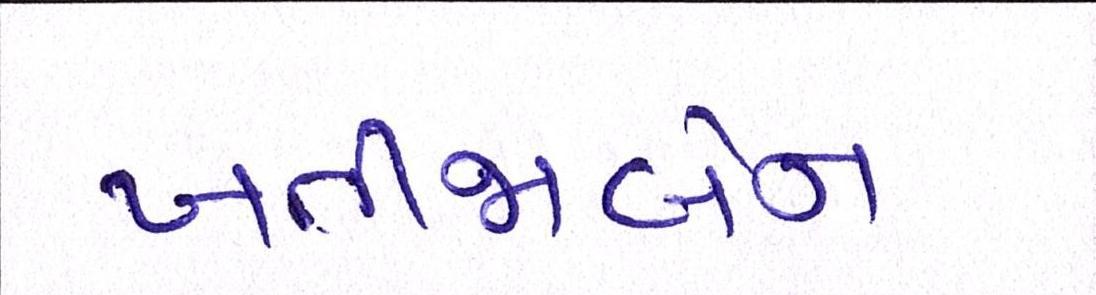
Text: ખતીજાબેન